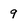
Character: 9